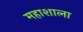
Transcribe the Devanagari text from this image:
महाशाला